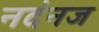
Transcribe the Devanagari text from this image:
नदंनज